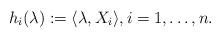
LaTeX: \begin{align*}h_i(\lambda) := \langle \lambda, X_i\rangle, i = 1,\ldots,n.\end{align*}